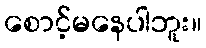
စောင့်မနေပါဘူး။